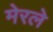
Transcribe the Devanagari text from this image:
मेरले